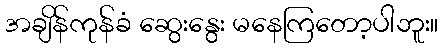
အချိန်ကုန်ခံ ဆွေးနွေး မနေကြတော့ပါဘူး။